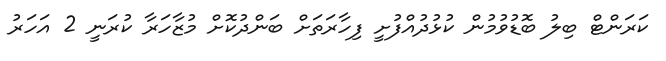
ކަރަންޓް ބިލު ބޮޑުވުމުން ކުޅުދުއްފުށީ ފިހާރަތަށް ބަންދުކޮށް މުޒާހަރާ ކުރަނީ 2 އަހަރު